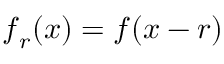
\boldsymbol f _ { r } ( \boldsymbol x ) = \boldsymbol f ( \boldsymbol x - \boldsymbol r )